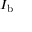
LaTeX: I _ { \mathrm { b } }